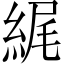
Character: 𦀿